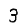
Digit: 3